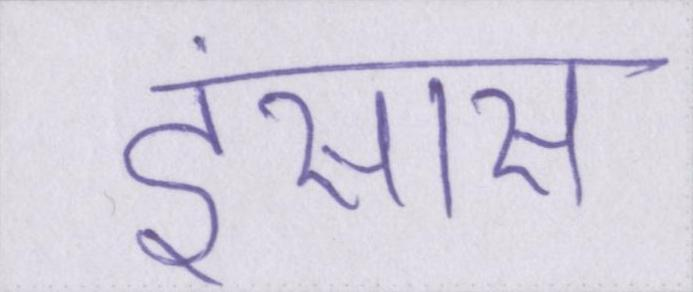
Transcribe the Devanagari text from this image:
इंसास